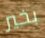
بخير